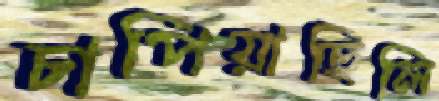
চাপিয়াছিলি